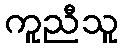
ကူညီသူ